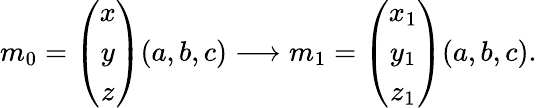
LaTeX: m_{0}=\left(\begin{array}{c}{{x}}\\ {{y}}\\ {{z}}\end{array}\right)(a,b,c)\longrightarrow m_{1}=\left(\begin{array}{c}{{x_{1}}}\\ {{y_{1}}}\\ {{z_{1}}}\end{array}\right)(a,b,c).